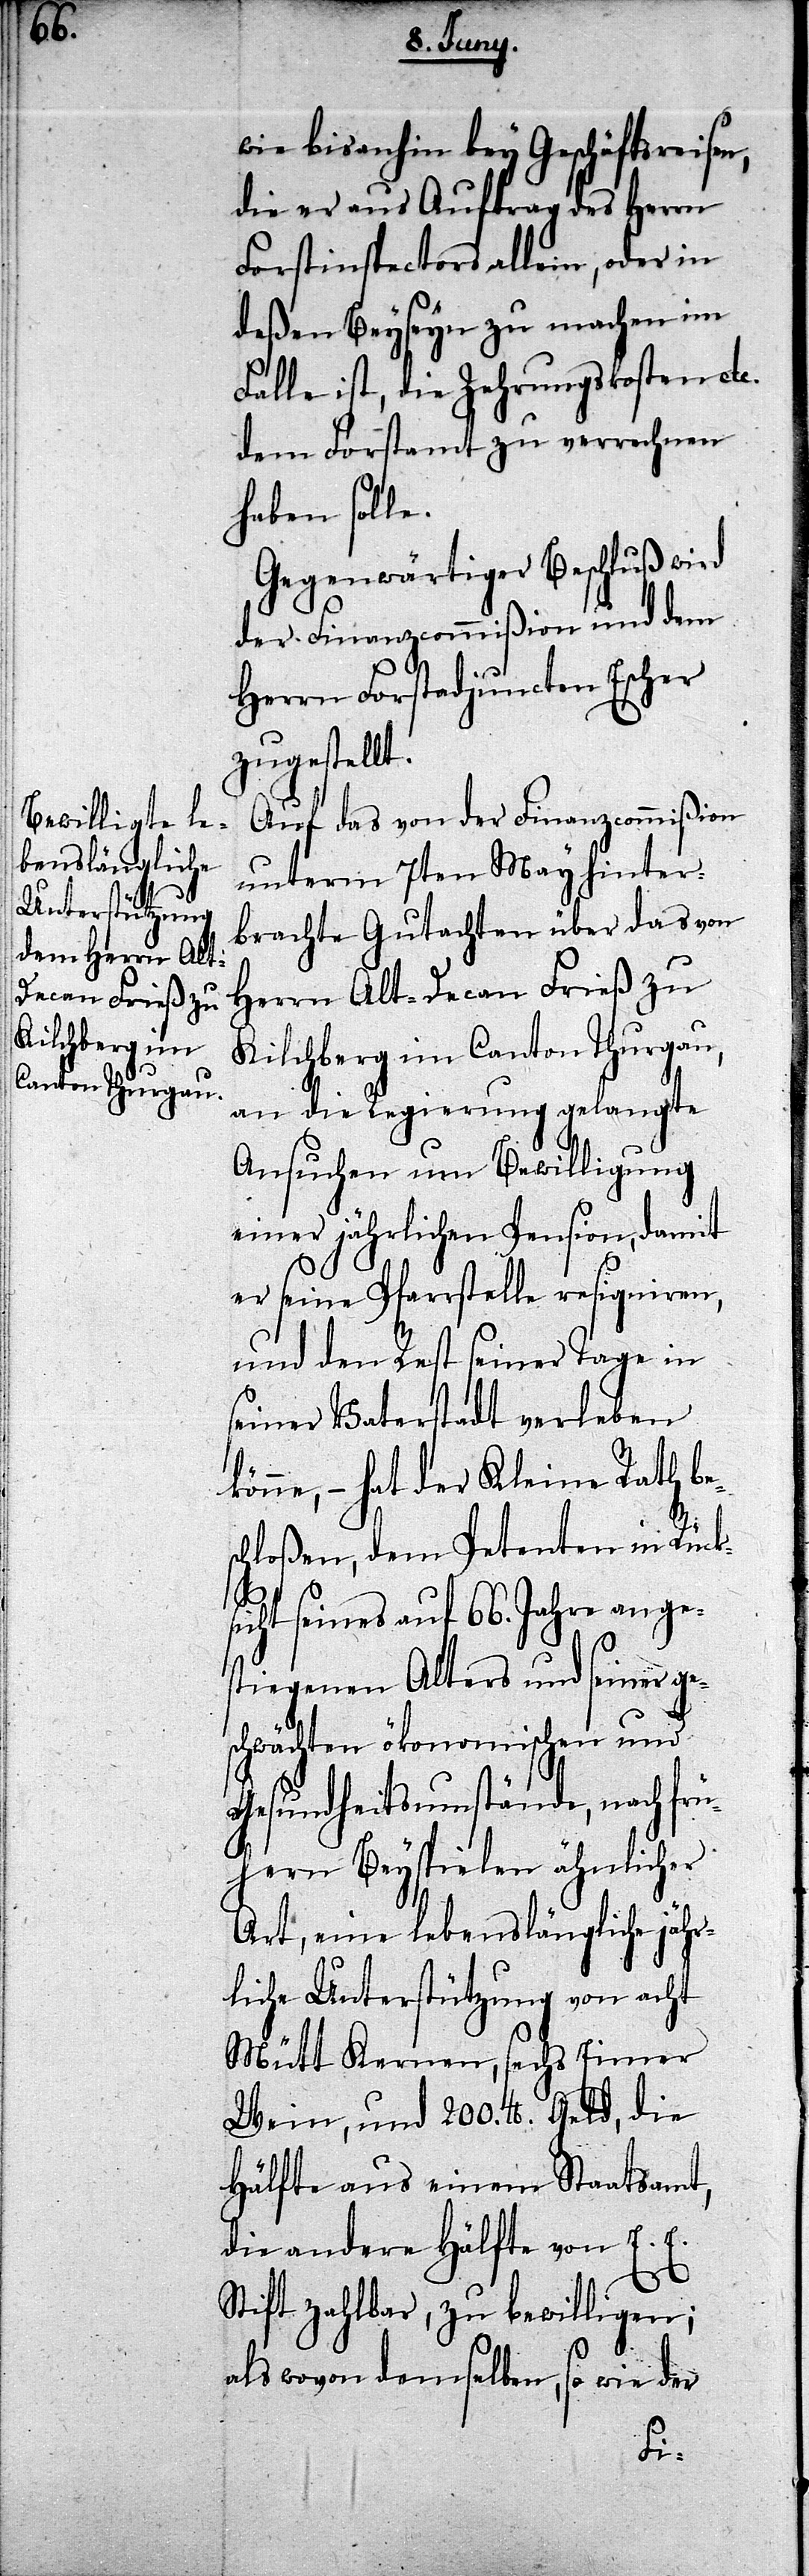
wie bis anhin bey Geschäftsreisen,
die er aus Auftrag des Herrn
Forstinspectors allein, oder in
deßen Beyseyn zu machen im
Falle ist, die Zehrungskosten etc.
dem Forstamt zu verrechnen
haben solle.
Gegenwärtiger Beschluß wird
der Finanzcommißion und dem
Herrn Forstadjuncten Escher
zugestellt.
Auf das von der Finanzcommißion
unterm 7ten May hinter¬
brachte Gutachten über das von
Herrn Alt-Decan Frieß zu
Kilchberg im Canton Thurgau,
an die Regierung gelangte
Ansuchen um Bewilligung
einer jährlichen Pension, damit
er seine Pfarrstelle resigniren,
und den Rest seiner Tage in
seiner Vaterstadt verleben
könne, – hat der Kleine Rath be¬
schloßen, dem Petenten in Rück¬
sicht seines auf 66. Jahre ange¬
stiegenen Alters und seiner ge¬
schwächten ökonomischen und
Gesundheitsumstände, nach frü¬
hern Beyspielen ähnlicher
Art, eine lebenslängliche jähr¬
liche Unterstützung von acht
Mütt Kernen, sechs Eimer
Wein, und 200. lb. Geld, die
Hälfte aus einem Staatsamt,
die andere Hälfte von E. E.
Stift zahlbar, zu bewilligen;
als wovon demselben, so wie der